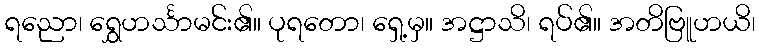
ရညော၊ ရွှေဟင်္သာမင်း၏။ ပုရတော၊ ရှေ့မှ။ အဋ္ဌာသိ၊ ရပ်၏။ အတိဗြူဟယိ၊